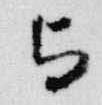
与